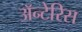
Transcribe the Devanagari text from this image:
अॅन्टेरिस